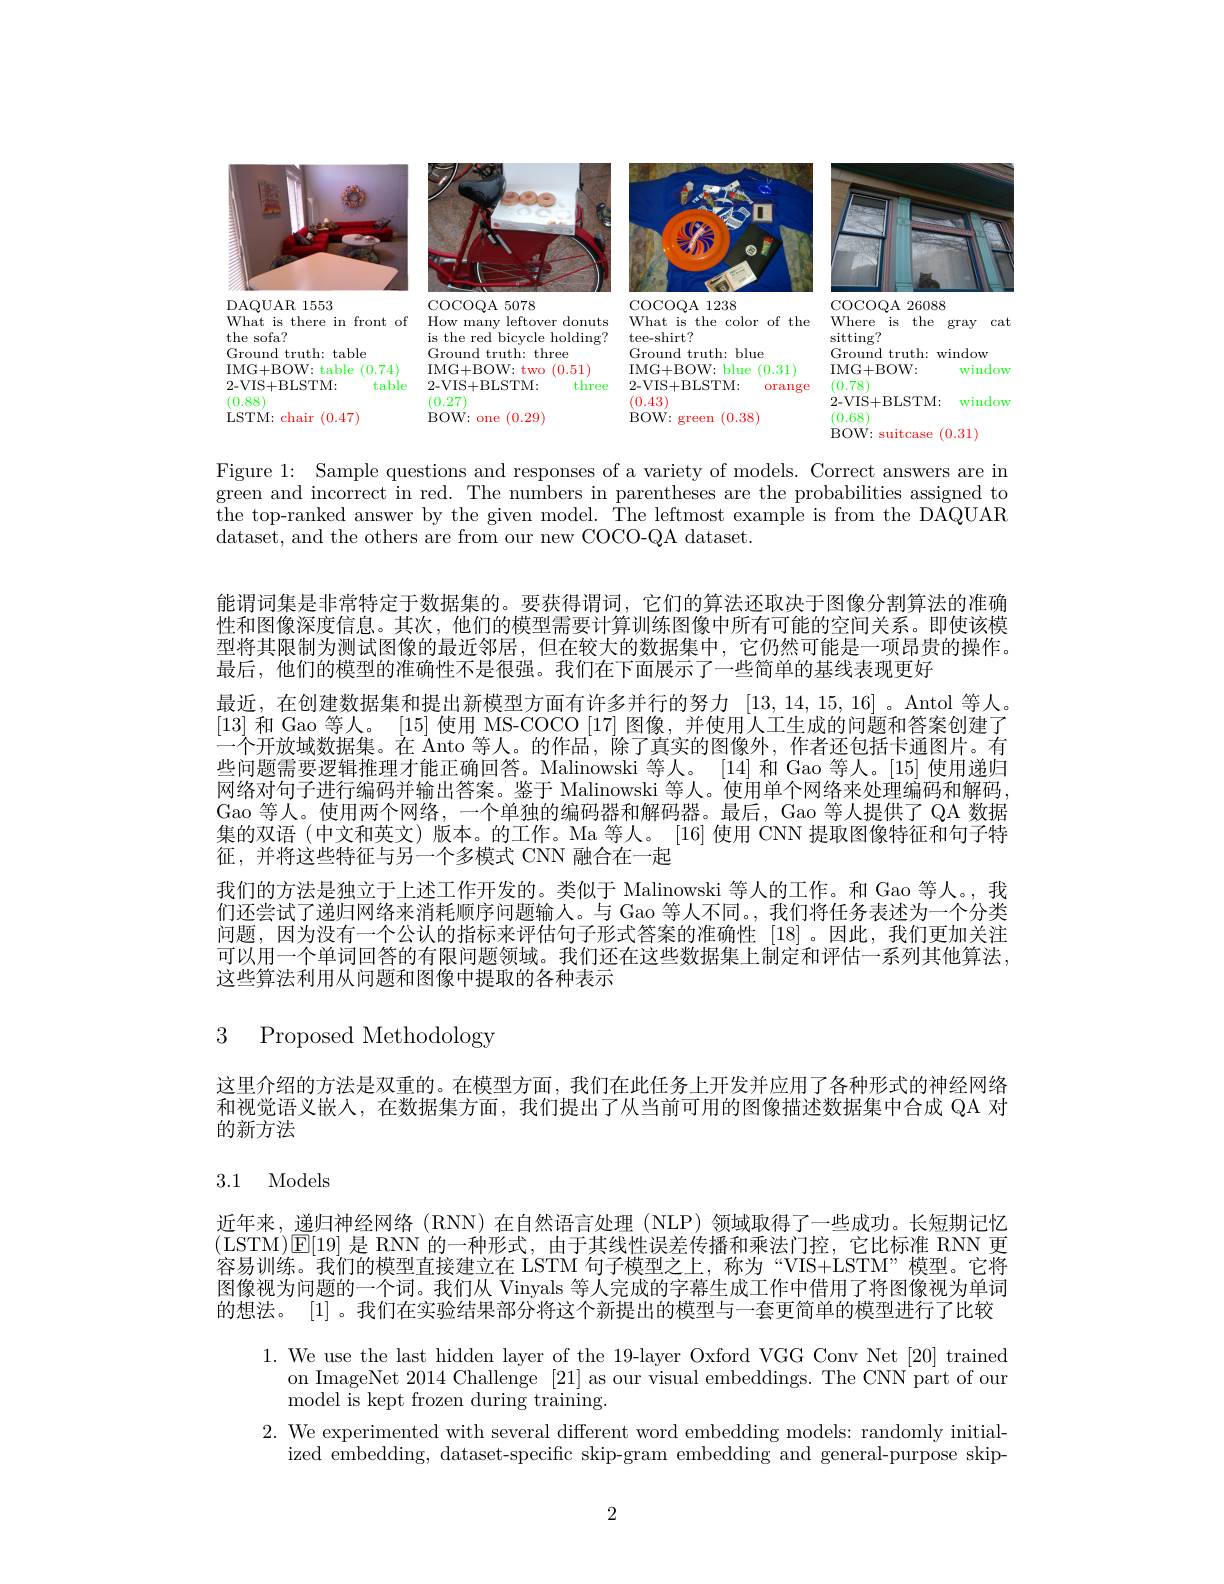
<FigureHere>

Figure 1: Sample questions and responses of a variety of models. Correct answers are in green and incorrect in red. The numbers in parentheses are the probabilities assigned to the top-ranked answer by the given model. The leftmost example is from the DAQUAR dataset, and the others are from our new COCO-QA dataset.

能谓词集是非常特定于数据集的。要获得谓词，它们的算法还取决于图像分割算法的准确性和图像深度信息。其次，他们的模型需要计算训练图像中所有可能的空间关系。即使该模型将其限制为测试图像的最近邻居，但在较大的数据集中，它仍然可能是一项昂贵的操作。最后，他们的模型的准确性不是很强。我们在下面展示了一些简单的基线表现更好
最近，在创建数据集和提出新模型方面有许多并行的努力[13,14,15,16] 。Antol 等人。[13]和 Gao 等人。[15] 使用 MS-COCO [17] 图像，并使用人工生成的问题和答案创建了一个开放域数据集。在 Anto 等人。的作品，除了真实的图像外，作者还包括卡通图片。有些问题需要逻辑推理才能正确回答。Malinowski 等人。[14] 和 Gao 等人。[15] 使用递归网络对句子进行编码并输出答案。鉴于 Malinowski 等人。使用单个网络来处理编码和解码， Gao 等人。使用两个网络，一个单独的编码器和解码器。最后，Gao 等人提供了 QA 数据集的双语 (中文和英文) 版本。的工作。Ma 等人。[16]使用 CNN 提取图像特征和句子特征，并将这些特征与另一个多模式 CNN 融合在一起
我们的方法是独立于上述工作开发的。类似于 Malinowski 等人的工作。和 Gao 等人。, 我们还尝试了递归网络来消耗顺序问题输人。与 Gao 等人不同。,我们将任务表述为一个分类问题，因为没有一个公认的指标来评估句子形式答案的准确性[18] 。因此，我们更加关注可以用一个单词回答的有限问题领域。我们还在这些数据集上制定和评估一系列其他算法这些算法利用从问题和图像中提取的各种表示

3 Proposed Methodology

这里介绍的方法是双重的。在模型方面，我们在此任务上开发并应用了各种形式的神经网络和视觉语义嵌入，在数据集方面，我们提出了从当前可用的图像描述数据集中合成 QA 对的新方法

# 3.1 Models

近年来，递归神经网络 (RNN) 在自然语言处理 (NLP) 领域取得了一些成功。长短期记忆(LSTM)|E[19]是 RNN 的一种形式，由于其线性误差传播和乘法门控，它比标准 RNN 更容易训练。我们的模型直接建立在 LSTM 句子模型之上，称为“VIS+LSTM”模型。它将图像视为问题的一个词。我们从 Vinyals 等人完成的字幕生成工作中借用了将图像视为单词的想法。[1] 。我们在实验结果部分将这个新提出的模型与一套更简单的模型进行了比较

1. We use the last hidden layer of the 19-layer Oxford VGG Conv Net [20] trained
on ImageNet 2014 Challenge [21] as our visual embeddings. The CNN part of our
model is kept frozen during training.
2. We experimented with several different word embedding models: randomly initial-
$\bar{\text{ized embedding, dataset-specific skip-gram embedding and general-purpose skip-}}$

2